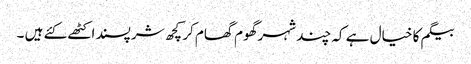
بیگم کا خیال ہے کہ چند شہر گھوم گھام کر کچھ شرپسند اکٹھے کئے ہیں ۔